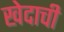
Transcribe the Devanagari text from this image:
खेदाची